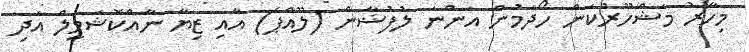
މިހާރު މަޝްހޫރުކަން ހޯދަމުން އަންނަ ލުފުޝާން (ލޫއްޕެ) އާއި ޒިޔާ ނާއްކޮޝަމީލް އަދި